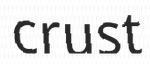
crust